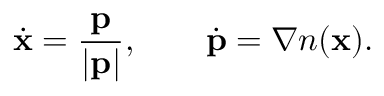
\dot { \mathbf { x } } = \frac { \mathbf { p } } { | \mathbf { p } | } , \qquad \dot { \mathbf { p } } = \nabla n ( \mathbf { x } ) .